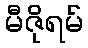
မီဇိုရမ်